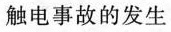
触电事故的发生